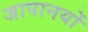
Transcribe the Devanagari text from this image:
जापानयों